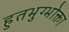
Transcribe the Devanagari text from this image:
हुतभुग्भोक्ता